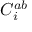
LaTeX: C _ { i } ^ { a b }